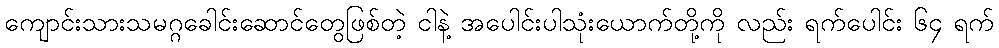
ကျောင်းသားသမဂ္ဂခေါင်းဆောင်တွေဖြစ်တဲ့ ငါနဲ့ အပေါင်းပါသုံးယောက်တို့ကို လည်း ရက်ပေါင်း ၆၄ ရက်